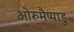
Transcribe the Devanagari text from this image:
ओरुमैप्पाडु